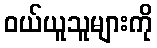
ဝယ်ယူသူများကို